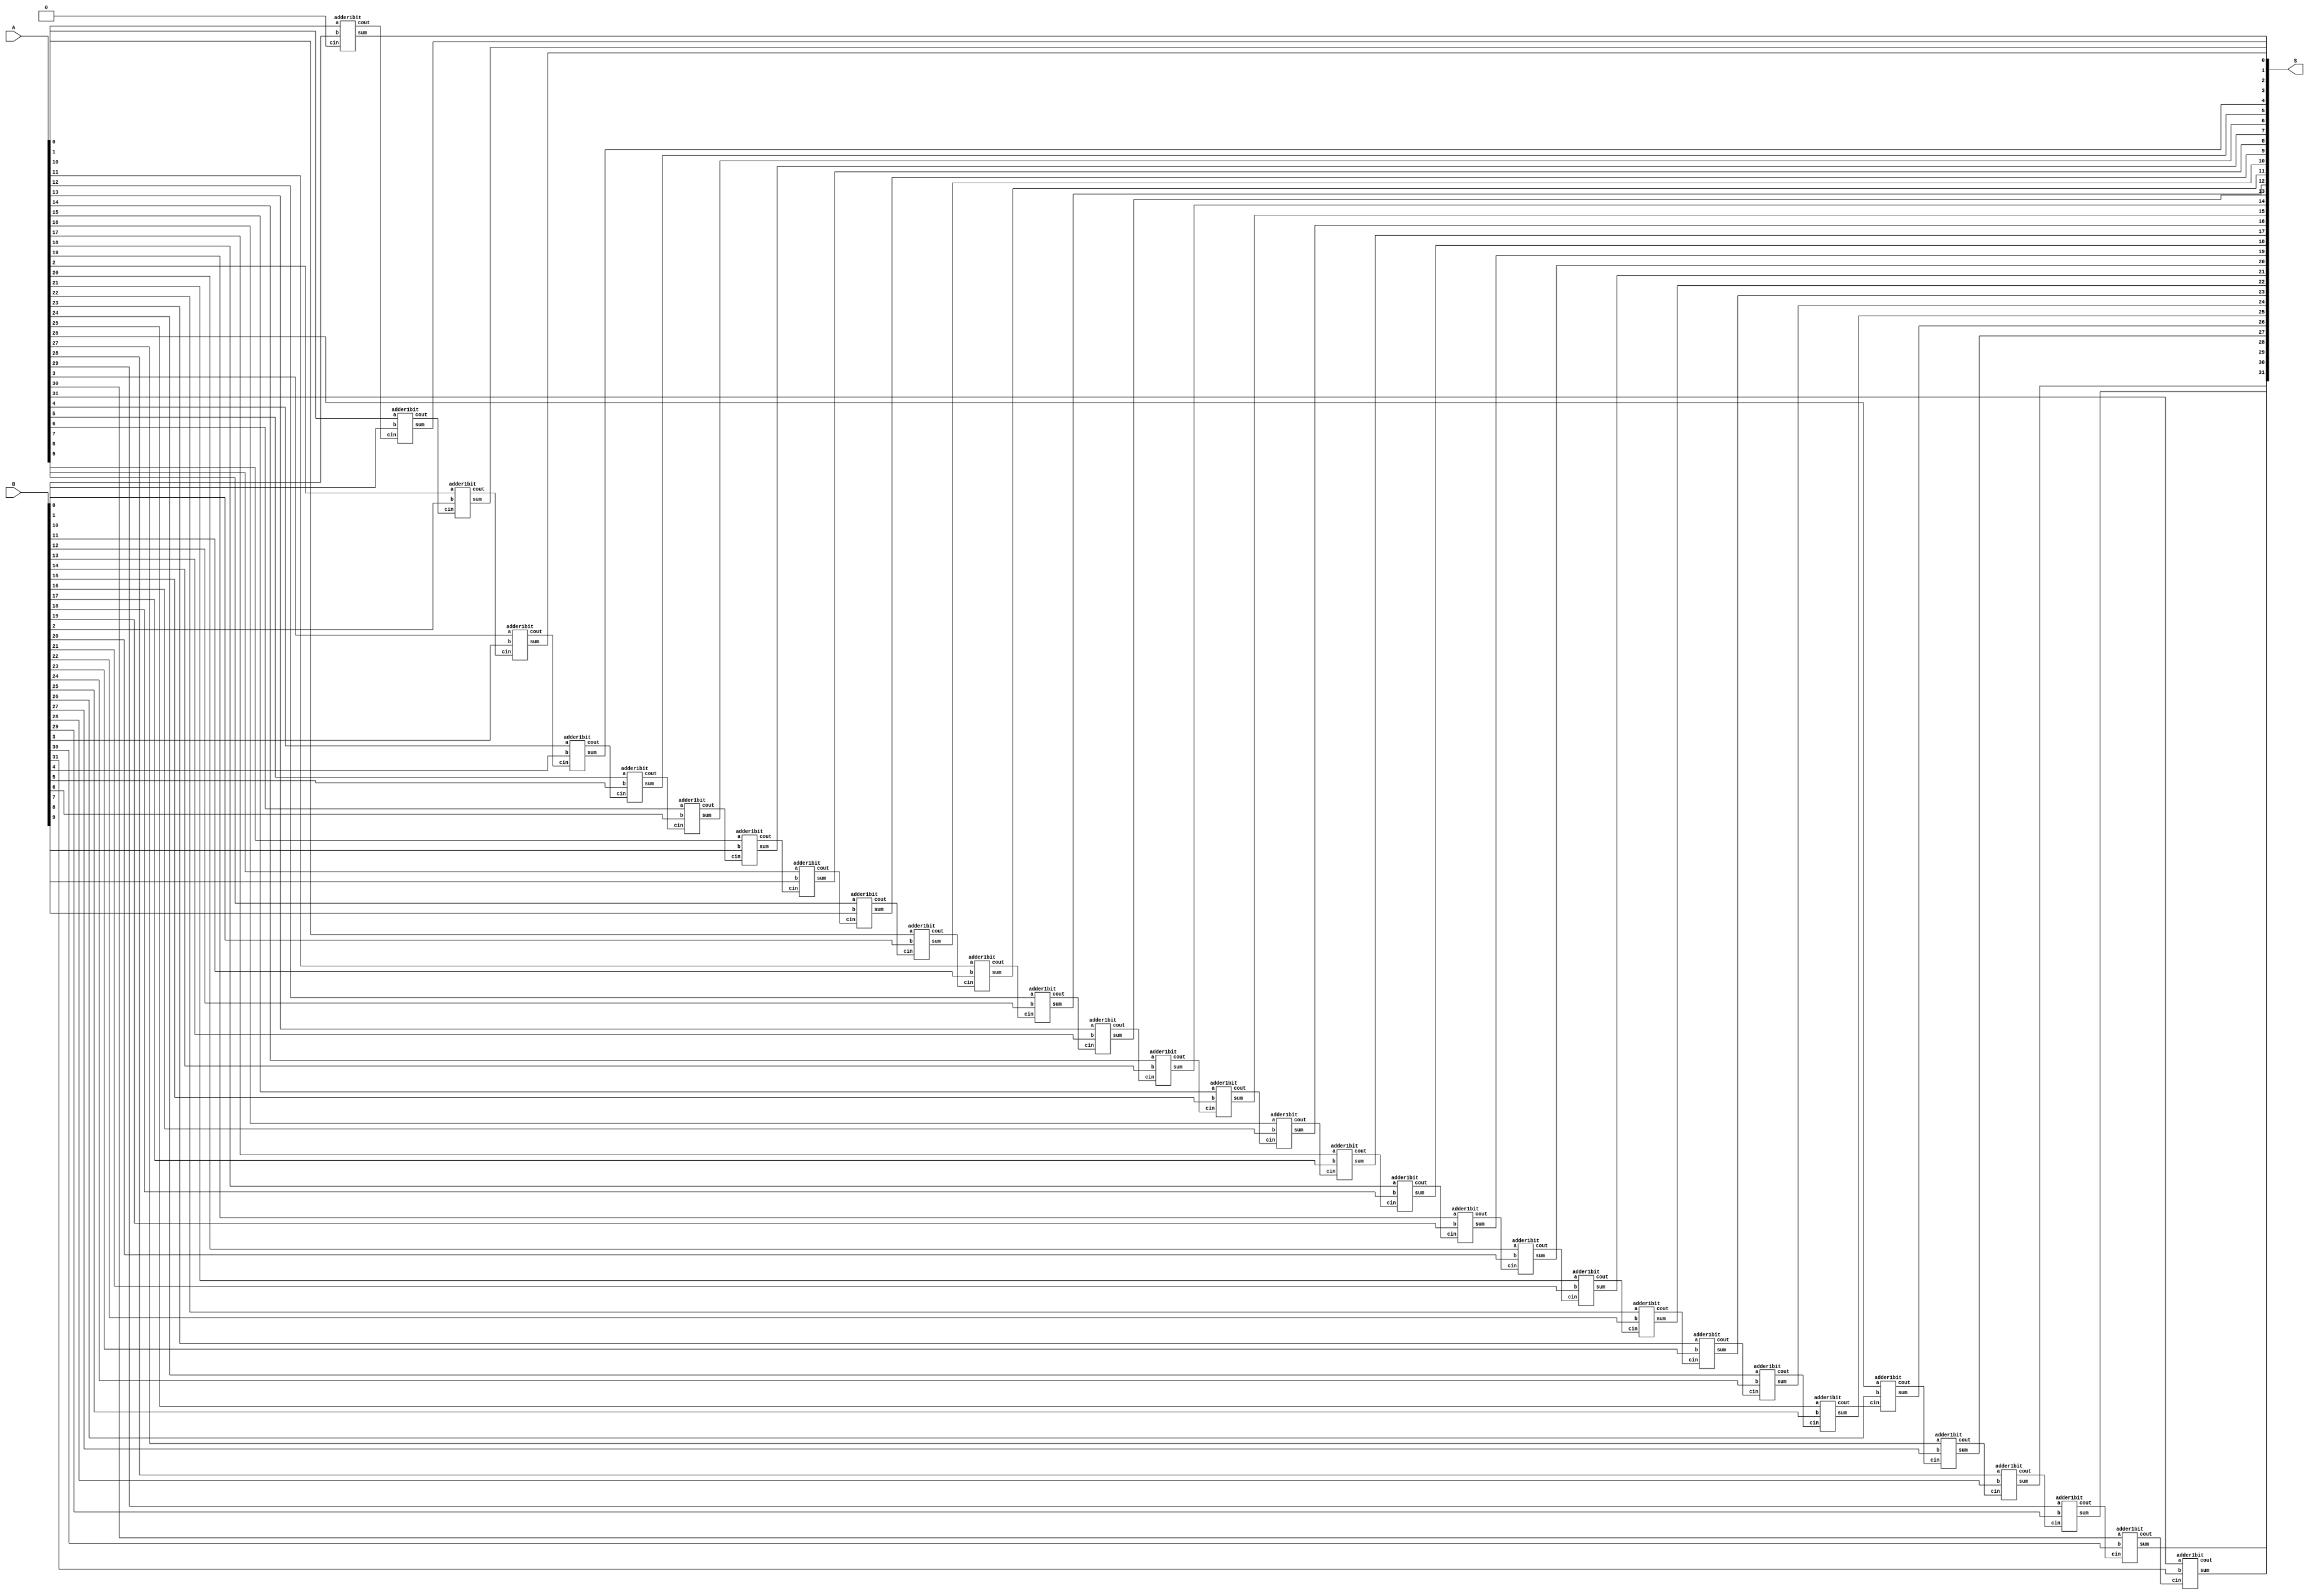
// Submodule: 32-bit adder
`timescale 1 ps / 100 fs

module Add(S,A,B);
output [31:0] S;
input [31:0] A,B;
wire [31:0] C;
    // first bit doesn't have carry
    adder1bit adder1bit0(S[0],C[0],A[0],B[0],1'b0);
    adder1bit adder1bit1(S[1],C[1],A[1],B[1],C[0]);
    adder1bit adder1bit2(S[2],C[2],A[2],B[2],C[1]);
    adder1bit adder1bit3(S[3],C[3],A[3],B[3],C[2]);
    adder1bit adder1bit4(S[4],C[4],A[4],B[4],C[3]);
    adder1bit adder1bit5(S[5],C[5],A[5],B[5],C[4]);
    adder1bit adder1bit6(S[6],C[6],A[6],B[6],C[5]);
    adder1bit adder1bit7(S[7],C[7],A[7],B[7],C[6]);
    adder1bit adder1bit8(S[8],C[8],A[8],B[8],C[7]);
    adder1bit adder1bit9(S[9],C[9],A[9],B[9],C[8]);
    adder1bit adder1bit10(S[10],C[10],A[10],B[10],C[9]);
    adder1bit adder1bit11(S[11],C[11],A[11],B[11],C[10]);
    adder1bit adder1bit12(S[12],C[12],A[12],B[12],C[11]);
    adder1bit adder1bit13(S[13],C[13],A[13],B[13],C[12]);
    adder1bit adder1bit14(S[14],C[14],A[14],B[14],C[13]);
    adder1bit adder1bit15(S[15],C[15],A[15],B[15],C[14]);
    adder1bit adder1bit16(S[16],C[16],A[16],B[16],C[15]);
    adder1bit adder1bit17(S[17],C[17],A[17],B[17],C[16]);
    adder1bit adder1bit18(S[18],C[18],A[18],B[18],C[17]);
    adder1bit adder1bit19(S[19],C[19],A[19],B[19],C[18]);
    adder1bit adder1bit20(S[20],C[20],A[20],B[20],C[19]);
    adder1bit adder1bit21(S[21],C[21],A[21],B[21],C[20]);
    adder1bit adder1bit22(S[22],C[22],A[22],B[22],C[21]);
    adder1bit adder1bit23(S[23],C[23],A[23],B[23],C[22]);
    adder1bit adder1bit24(S[24],C[24],A[24],B[24],C[23]);
    adder1bit adder1bit25(S[25],C[25],A[25],B[25],C[24]);
    adder1bit adder1bit26(S[26],C[26],A[26],B[26],C[25]);
    adder1bit adder1bit27(S[27],C[27],A[27],B[27],C[26]);
    adder1bit adder1bit28(S[28],C[28],A[28],B[28],C[27]);
    adder1bit adder1bit29(S[29],C[29],A[29],B[29],C[28]);
    adder1bit adder1bit30(S[30],C[30],A[30],B[30],C[29]);
    adder1bit adder1bit31(S[31],C[31],A[31],B[31],C[30]);
endmodule

// adder arithmetic

`timescale 1 ps / 100 fs
module adder1bit(sum,cout,a,b,cin);
input   a,b,cin;
output  cout,sum;
// sum = a xor b xor cin
xor #(50) (sum,a,b,cin);
// carry out = a.b + cin.(a+b)
and #(50) and1(c1,a,b);
or #(50) or1(c2,a,b);
and #(50) and2(c3,c2,cin);
or #(50) or2(cout,c1,c3);
endmodule